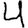
Digit: 4